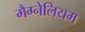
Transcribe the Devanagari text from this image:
मैग्नेलियम